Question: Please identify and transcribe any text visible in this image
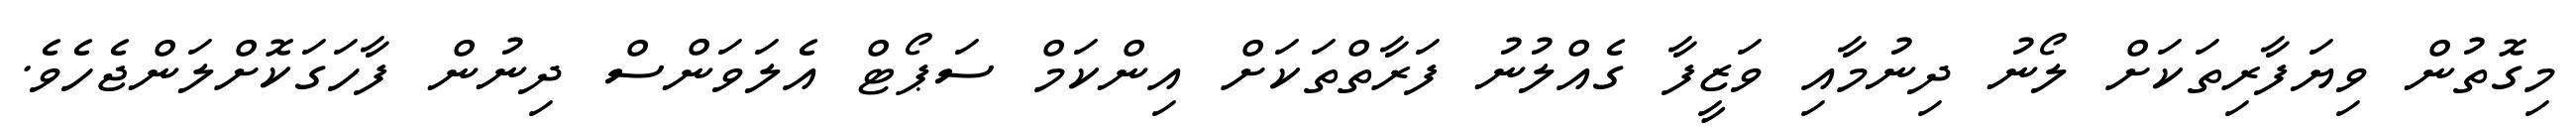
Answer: މިގޮތުން ވިޔަފާރިތަކަށް ލޯނު ދިނުމާއި ވަޒީފާ ގެއްލުނު ފަރާތްތަކަށް އިންކަމް ސަޕޯޓް އެލަވަންސް ދިނުން ފާހަގަކޮށްލަންޖެހެވެ.